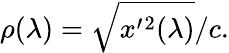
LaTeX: \rho(\lambda)=\sqrt{x^{\prime}{}^{2}(\lambda)}/c.